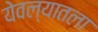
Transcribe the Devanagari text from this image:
येवल्यातला